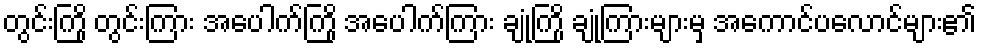
တွင်းကြို တွင်းကြား အပေါက်ကြို အပေါက်ကြား ချုံကြို ချုံကြားများမှ အကောင်ပလောင်များ၏